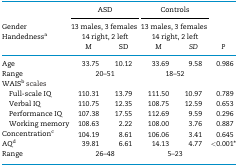
|  | <COLSPAN=2> ASD | <COLSPAN=2> Controls |  |
 | Gender | <COLSPAN=2> 13 males, 3 females | <COLSPAN=2> 13 males, 3 females |  |
 | Handednessa | <COLSPAN=2> 14 right, 2 left | <COLSPAN=2> 14 right, 2 left |  |
 |  | M | SD | M | SD | P |
 | --- | --- | --- | --- | --- | --- |
 | Age | 33.75 | 10.12 | 33.69 | 9.58 | 0.986 |
 | Range | <COLSPAN=2> 20–51 | <COLSPAN=2> 18–52 |  |
 | WAISb scales |  |  |  |  |  |
 | Full-scale IQ | 110.31 | 13.79 | 111.50 | 10.97 | 0.789 |
 | Verbal IQ | 110.75 | 12.35 | 108.75 | 12.59 | 0.653 |
 | Performance IQ | 107.38 | 17.55 | 112.69 | 9.59 | 0.296 |
 | Working memory | 108.63 | 2.22 | 108.00 | 3.76 | 0.887 |
 | Concentrationc | 104.19 | 8.61 | 106.06 | 3.41 | 0.645 |
 | AQd | 39.81 | 6.61 | 14.13 | 4.77 | <0.001* |
 | Range | <COLSPAN=2> 26–48 | <COLSPAN=2> 5–23 |  |